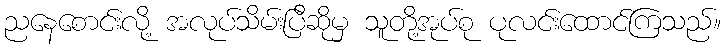
ညနေစောင်းလို့ အလုပ်သိမ်းပြီဆိုမှ သူတို့အုပ်စု ပုလင်းထောင်ကြသည်။